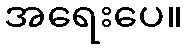
အရေးပေ။